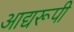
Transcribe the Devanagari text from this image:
आद्यरूपी